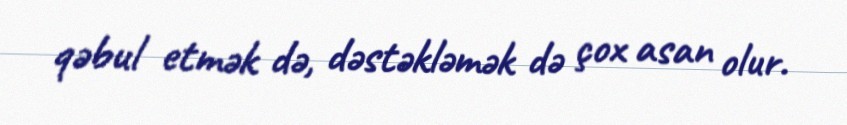
qəbul etmək də, dəstəkləmək də çox asan olur.